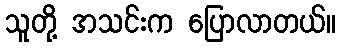
သူတို့ အသင်းက ပြောလာတယ်။